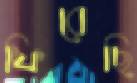
ফিরেছি